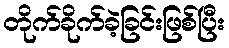
တိုက်ခိုက်ခဲ့ခြင်းဖြစ်ပြီး